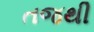
તજથી